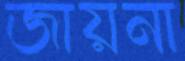
জায়না